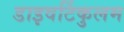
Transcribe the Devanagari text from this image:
डाइवर्टिकुलम